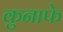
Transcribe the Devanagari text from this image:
कुनाफे